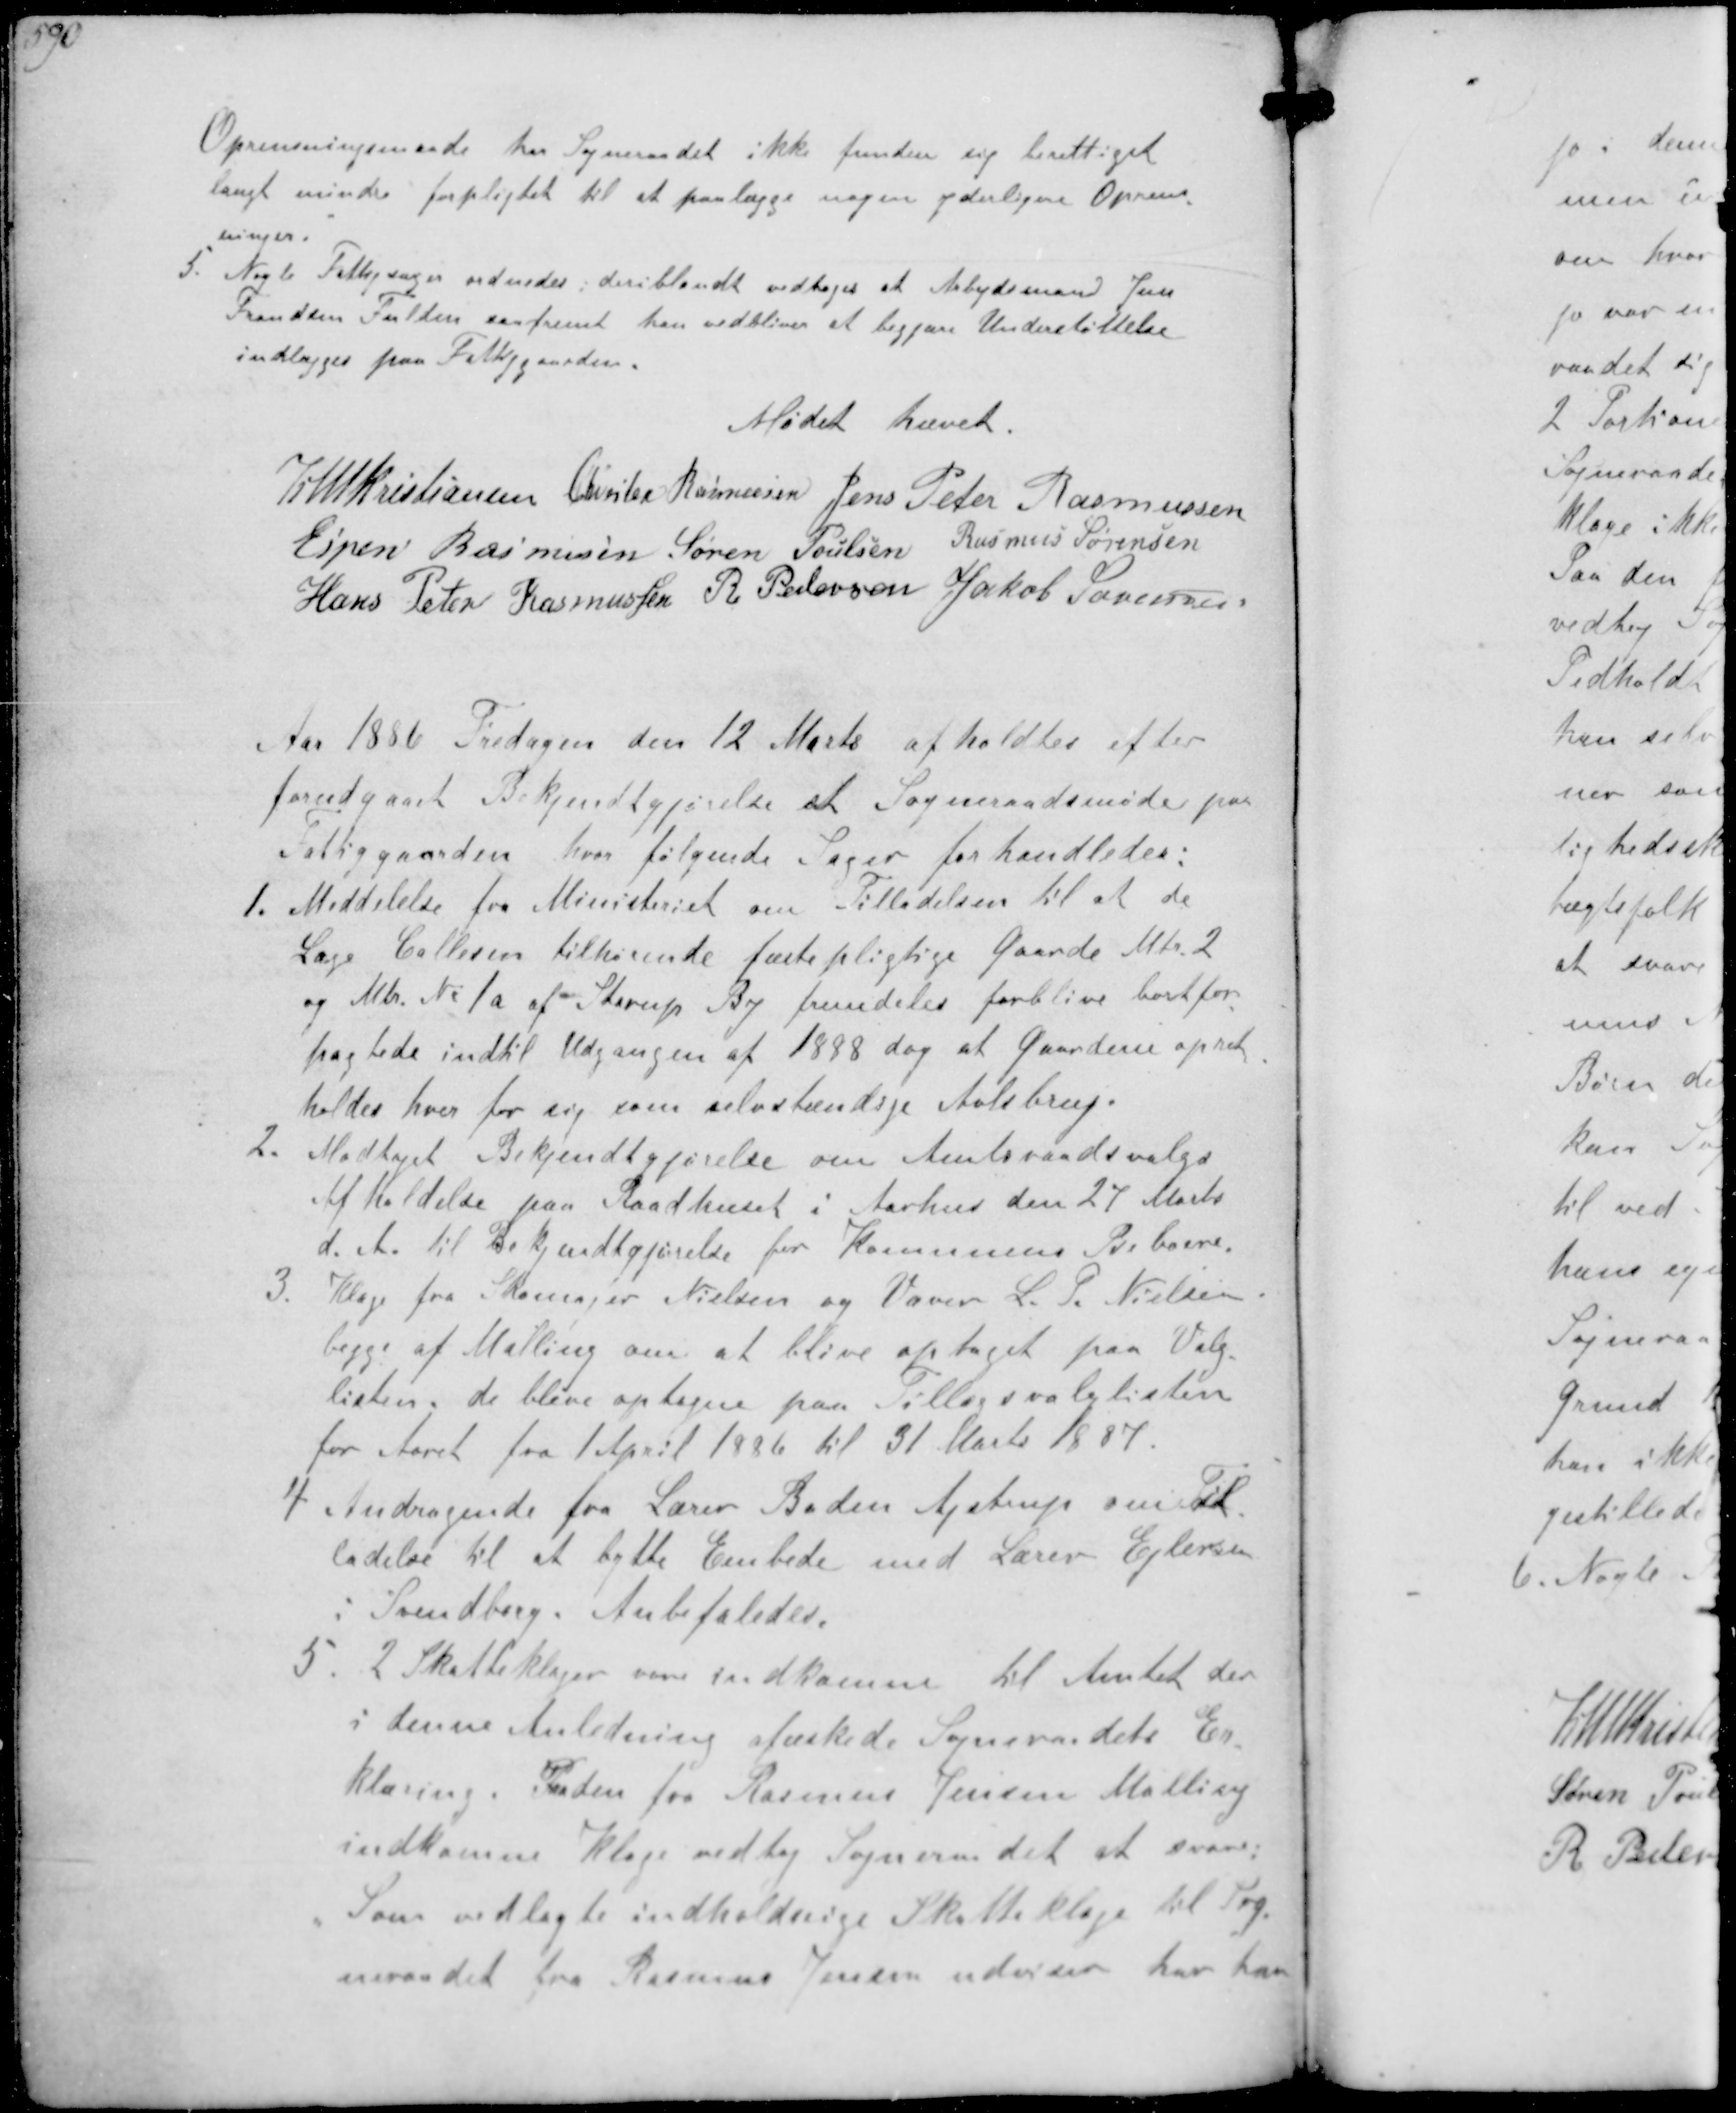
Transskription:
Oprensningsmaade har Sogneraadet ikke funden sig berettiget
samt mindre forpligtet til at paalægge nogen yderlige Oprens-
ninger.
5. Nogle Fattigsager ordnedes deriblandt vedtoges et Arbejdsmand Jens
Frandsen Fulden saafremt han vedbliver at begjære Understøttelse
indlægges paa Fattiggaarden.

Mødet hævet

K N M Kristiansen Chresten Rasmussen Jens Peter Rasmussen
Espen Rasmussen Søren Poulsen Rasmus Sørensen
Hans Peter Rasmussen R. Pedersen Jakob Sørensen

Aar 1886 Fredagen den 12 Marts afholdtes efter
forudgaaet Bekjendtgørelse et Sogneraadsmøde paa
Fattiggaarden hvor følgende Sager forhandledes:
1. Meddelelse fra Ministeriet om Tilladelsen til at de
Læge Callesen tilhørende fæstepligtige Gaarde Mtr. 2
og Mtr. No 1a af Starup By fremdeles forblive bortfor-
pagtede indtil Udgangen af 1888 dog at Gaardene opret-
holdes hver for sig som selvstændige Avlsbrug.
2. Modtaget Bekjendtgørelse om Amtsraadsvalg
Afholdelse paa Raadhuset i Aarhus den 27 Marts
d. A. til Bekendtgørelse for Kommunens Beboere.
3. Klage fra Skomager Nielsen og Væver L. P. Nielsen.
begge af Malling om at blive optaget paa Valg-
listen, de blive optagne paa Tillægsvalglisten
for Aaret fra 1 April 1886 til 31 Marts 1887
4. Andragende fra Lærer Baden Ajstrup om Til-
ladelse til at bytte Embede med Lærer Ejlersen
i Svendborg. Anbefaledes.
5. 2 Skatteklager var indkomne til Amtet der
denne Anledning afæskede Sogneraadets Er-
klæring. Paa den fra Rasmus Jensen Malling
indkomne Klage vedtog Sogneraadet at svare:
Som vedlagte indholdsrige Skatteklage til Sog-
neraadet fra Rasmus Jensen udviser har han